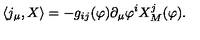
\langle j _ { \mu } , X \rangle = - g _ { i j } ( \varphi ) \partial _ { \mu } \varphi ^ { i } X _ { M } ^ { j } ( \varphi ) .